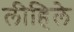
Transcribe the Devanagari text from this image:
लीहिले